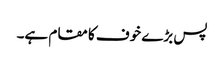
پس بڑے خوف کا مقام ہے۔